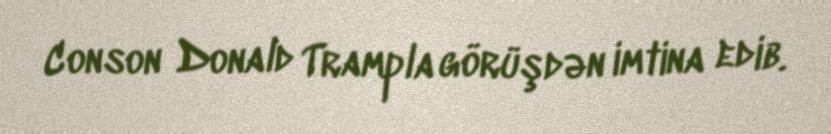
Conson Donald Trampla görüşdən imtina edib.